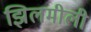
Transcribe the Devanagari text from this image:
झिलमीली